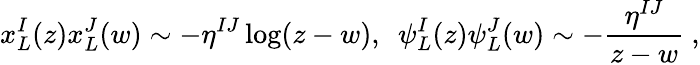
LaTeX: x_{L}^{I}(z)x_{L}^{J}(w)\sim-\eta^{IJ}\log(z-w),~~\psi_{L}^{I}(z)\psi_{L}^{J}(w)\sim-{\frac{\eta^{IJ}}{z-w}}\ ,